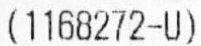
(1168272-U)